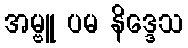
အမ္ဗူ ပမ နိဒ္ဒေသ